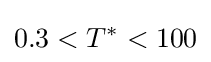
0.3<T^{*}<100